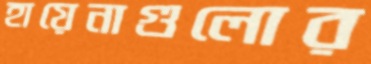
হায়েনাগুলোর